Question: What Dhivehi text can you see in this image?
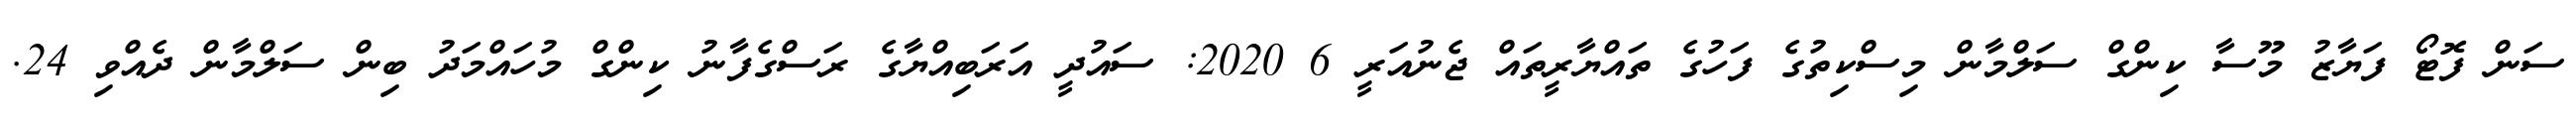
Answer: ސަން ފޮޓޯ ފަޔާޒު މޫސާ ކިންގް ސަލްމާން މިސްކިތުގެ ފަހުގެ ތައްޔާރީތައް ޖެނުއަރީ 6 2020: ސައުދީ އަރަބިއްޔާގެ ރަސްގެފާނު ކިންގް މުހައްމަދު ބިން ސަލްމާން ދެއްވި 24.